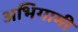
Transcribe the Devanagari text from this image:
अभिगामी